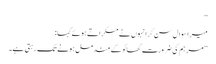
‘‘
میرا سوال سن کر انہوں نے مسکراتے ہوئے کہا:
’’مرہم کی ضرورت گھائو کے مندمل ہونے تک رہتی ہے۔